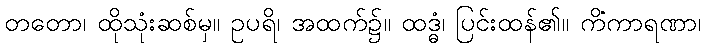
တတော၊ ထိုသုံးဆစ်မှ။ ဥပရိ၊ အထက်၌။ ထဒ္ဓံ၊ ပြင်းထန်၏။ ကိံကာရဏာ၊